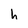
Character: h